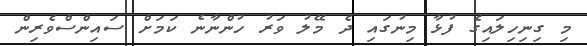
މި ގިނިހިލައިގެ ފުޅާ މިނުގައި ދެ މޭލު ވަރު ހުންނާނެ ކަމަށް ސައިންސްވެރިން